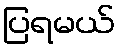
ပြရမယ်